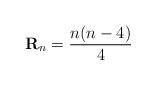
\begin{align*}\mathbf{R}_{n} = \frac{n(n-4)}{4}\end{align*}